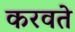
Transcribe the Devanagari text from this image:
करवते